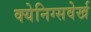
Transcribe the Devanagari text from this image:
क्येनिग्सवेर्ख